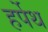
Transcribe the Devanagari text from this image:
हर्पेथ